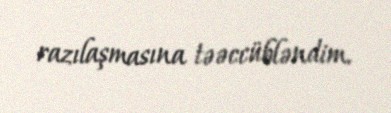
razılaşmasına təəccübləndim.